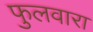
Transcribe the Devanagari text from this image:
फुलवारा